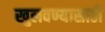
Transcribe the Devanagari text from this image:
खुलवण्यासाठी